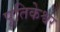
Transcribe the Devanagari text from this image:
पूतिकेश्वर